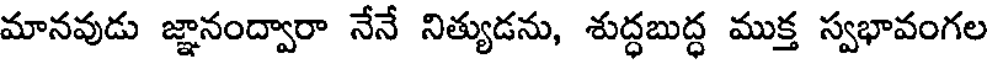
మానవుడు జ్ఞానంద్వారా నేనే నిత్యుడను, శుద్ధబుద్ధ ముక్త స్వభావంగల